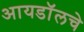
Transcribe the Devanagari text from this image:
आयडॉलचे